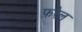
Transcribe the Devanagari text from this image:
फ़रेल